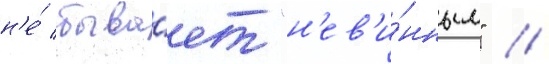
н'е́ быва́ет "н'ев'и́нным" //